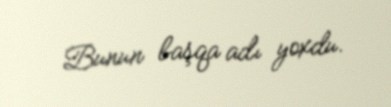
Bunun başqa adı yoxdu.